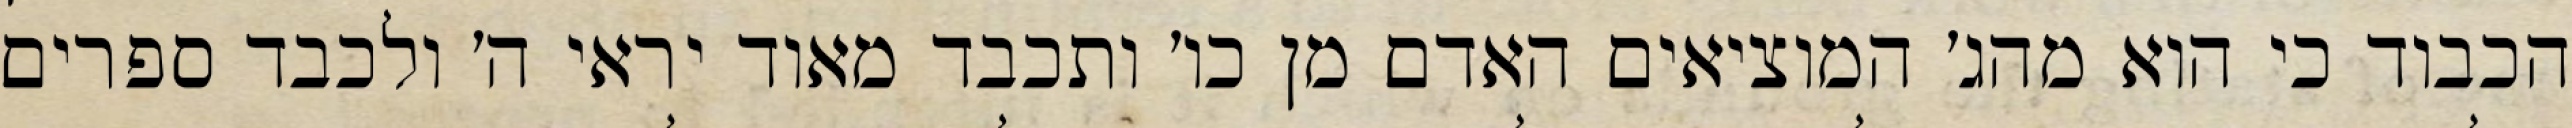
הכבוד כי הוא מהג׳ המוציאים האדם מן כו׳ ותכבד מאוד יראי ה׳ ולכבד ספרים